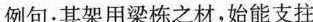
例句：其架用梁栋之材，始能支拄